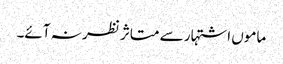
ماموں اشتہار سے متاثر نظر نہ آئے۔